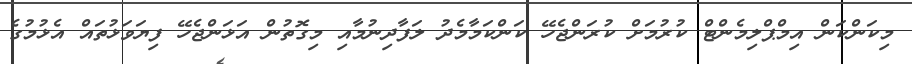
މިކަންކަން އިމްޕްލިމެންޓް ކުރުމަށް ކުރަންޖެހޭ ކަންކަމާމެދު ލަފާދިނުމާއި މިގޮތުން އަޅަންޖެހޭ ފިޔަވަޅުތައް އެޅުމުގެ